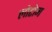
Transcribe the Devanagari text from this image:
लोटोम